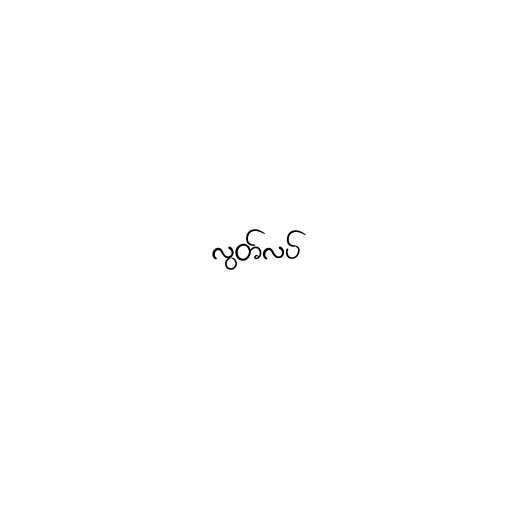
လွတ်လပ်